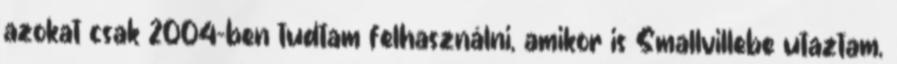
azokat csak 2004-ben tudtam felhasználni, amikor is Smallvillebe utaztam,